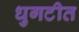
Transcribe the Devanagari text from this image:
धुगटीत